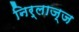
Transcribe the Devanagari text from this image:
निर्लाज्ज